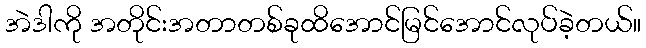
အဲဒါကို အတိုင်းအတာတစ်ခုထိအောင်မြင်အောင်လုပ်ခဲ့တယ်။